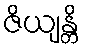
ဇိယျန္တိ